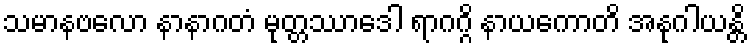
သမာနဗလော နာနာဂတံ မုတ္တဿာဒေါ ရာဂဂ္ဂိ နာယကောတိ အနုဂါယန္တိ